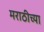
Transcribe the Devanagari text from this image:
मराठीच्‍या